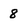
Character: 8